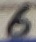
Text: 6